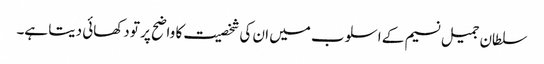
سلطان جمیل نسیم کے اسلوب میں ان کی شخصیت کا واضح پر تو دکھائی دیتا ہے۔